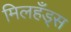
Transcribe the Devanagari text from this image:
मिलहँड्‌स